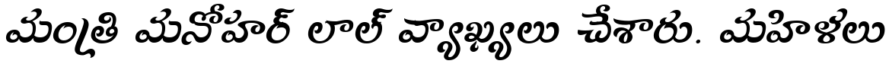
మంత్రి మనోహర్ లాల్ వ్యాఖ్యలు చేశారు. మహిళలు